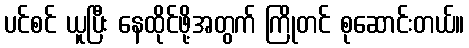
ပင်စင် ယူပြီး နေထိုင်ဖို့အတွက် ကြိုတင် စုဆောင်းတယ်။